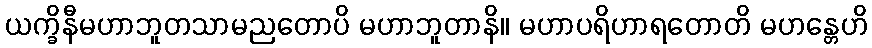
ယက္ခိနီမဟာဘူတသာမညတောပိ မဟာဘူတာနိ။ မဟာပရိဟာရတောတိ မဟန္တေဟိ